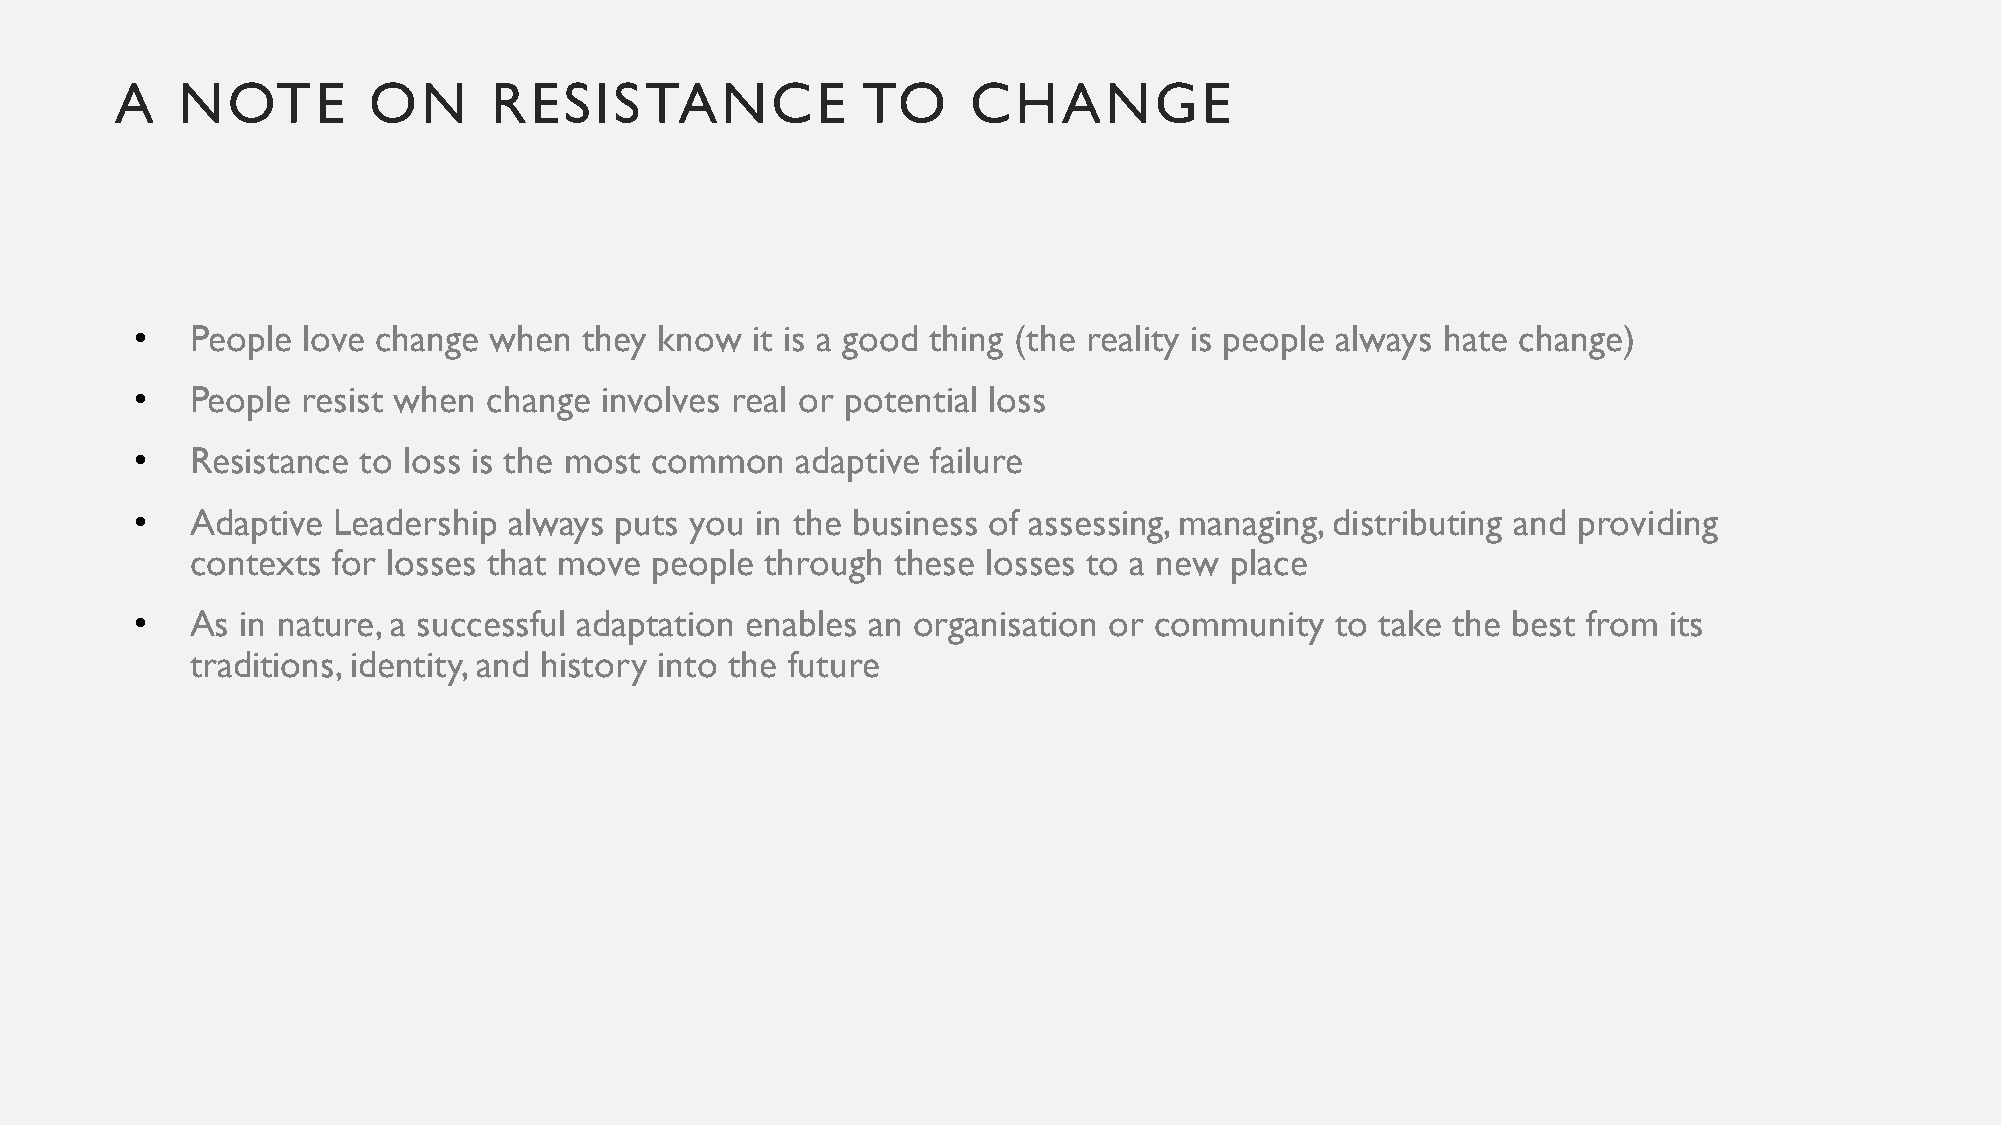
A   NOTE        ON      RESISTANCE               TO     CHANGE
 •   People love change when   they know  it is a good thing (the reality is people always hate change)
 •   People resist when change  involves real or potential loss
 •   Resistance to loss is the most common   adaptive failure
 •   Adaptive Leadership  always puts you in the business of assessing, managing, distributing and providing
 contexts for losses that move people  through these losses to a new place
 •   As in nature, a successful adaptation enables an organisation or community to take the best from its
 traditions, identity, and history into the future